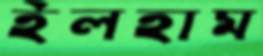
ইলহাম